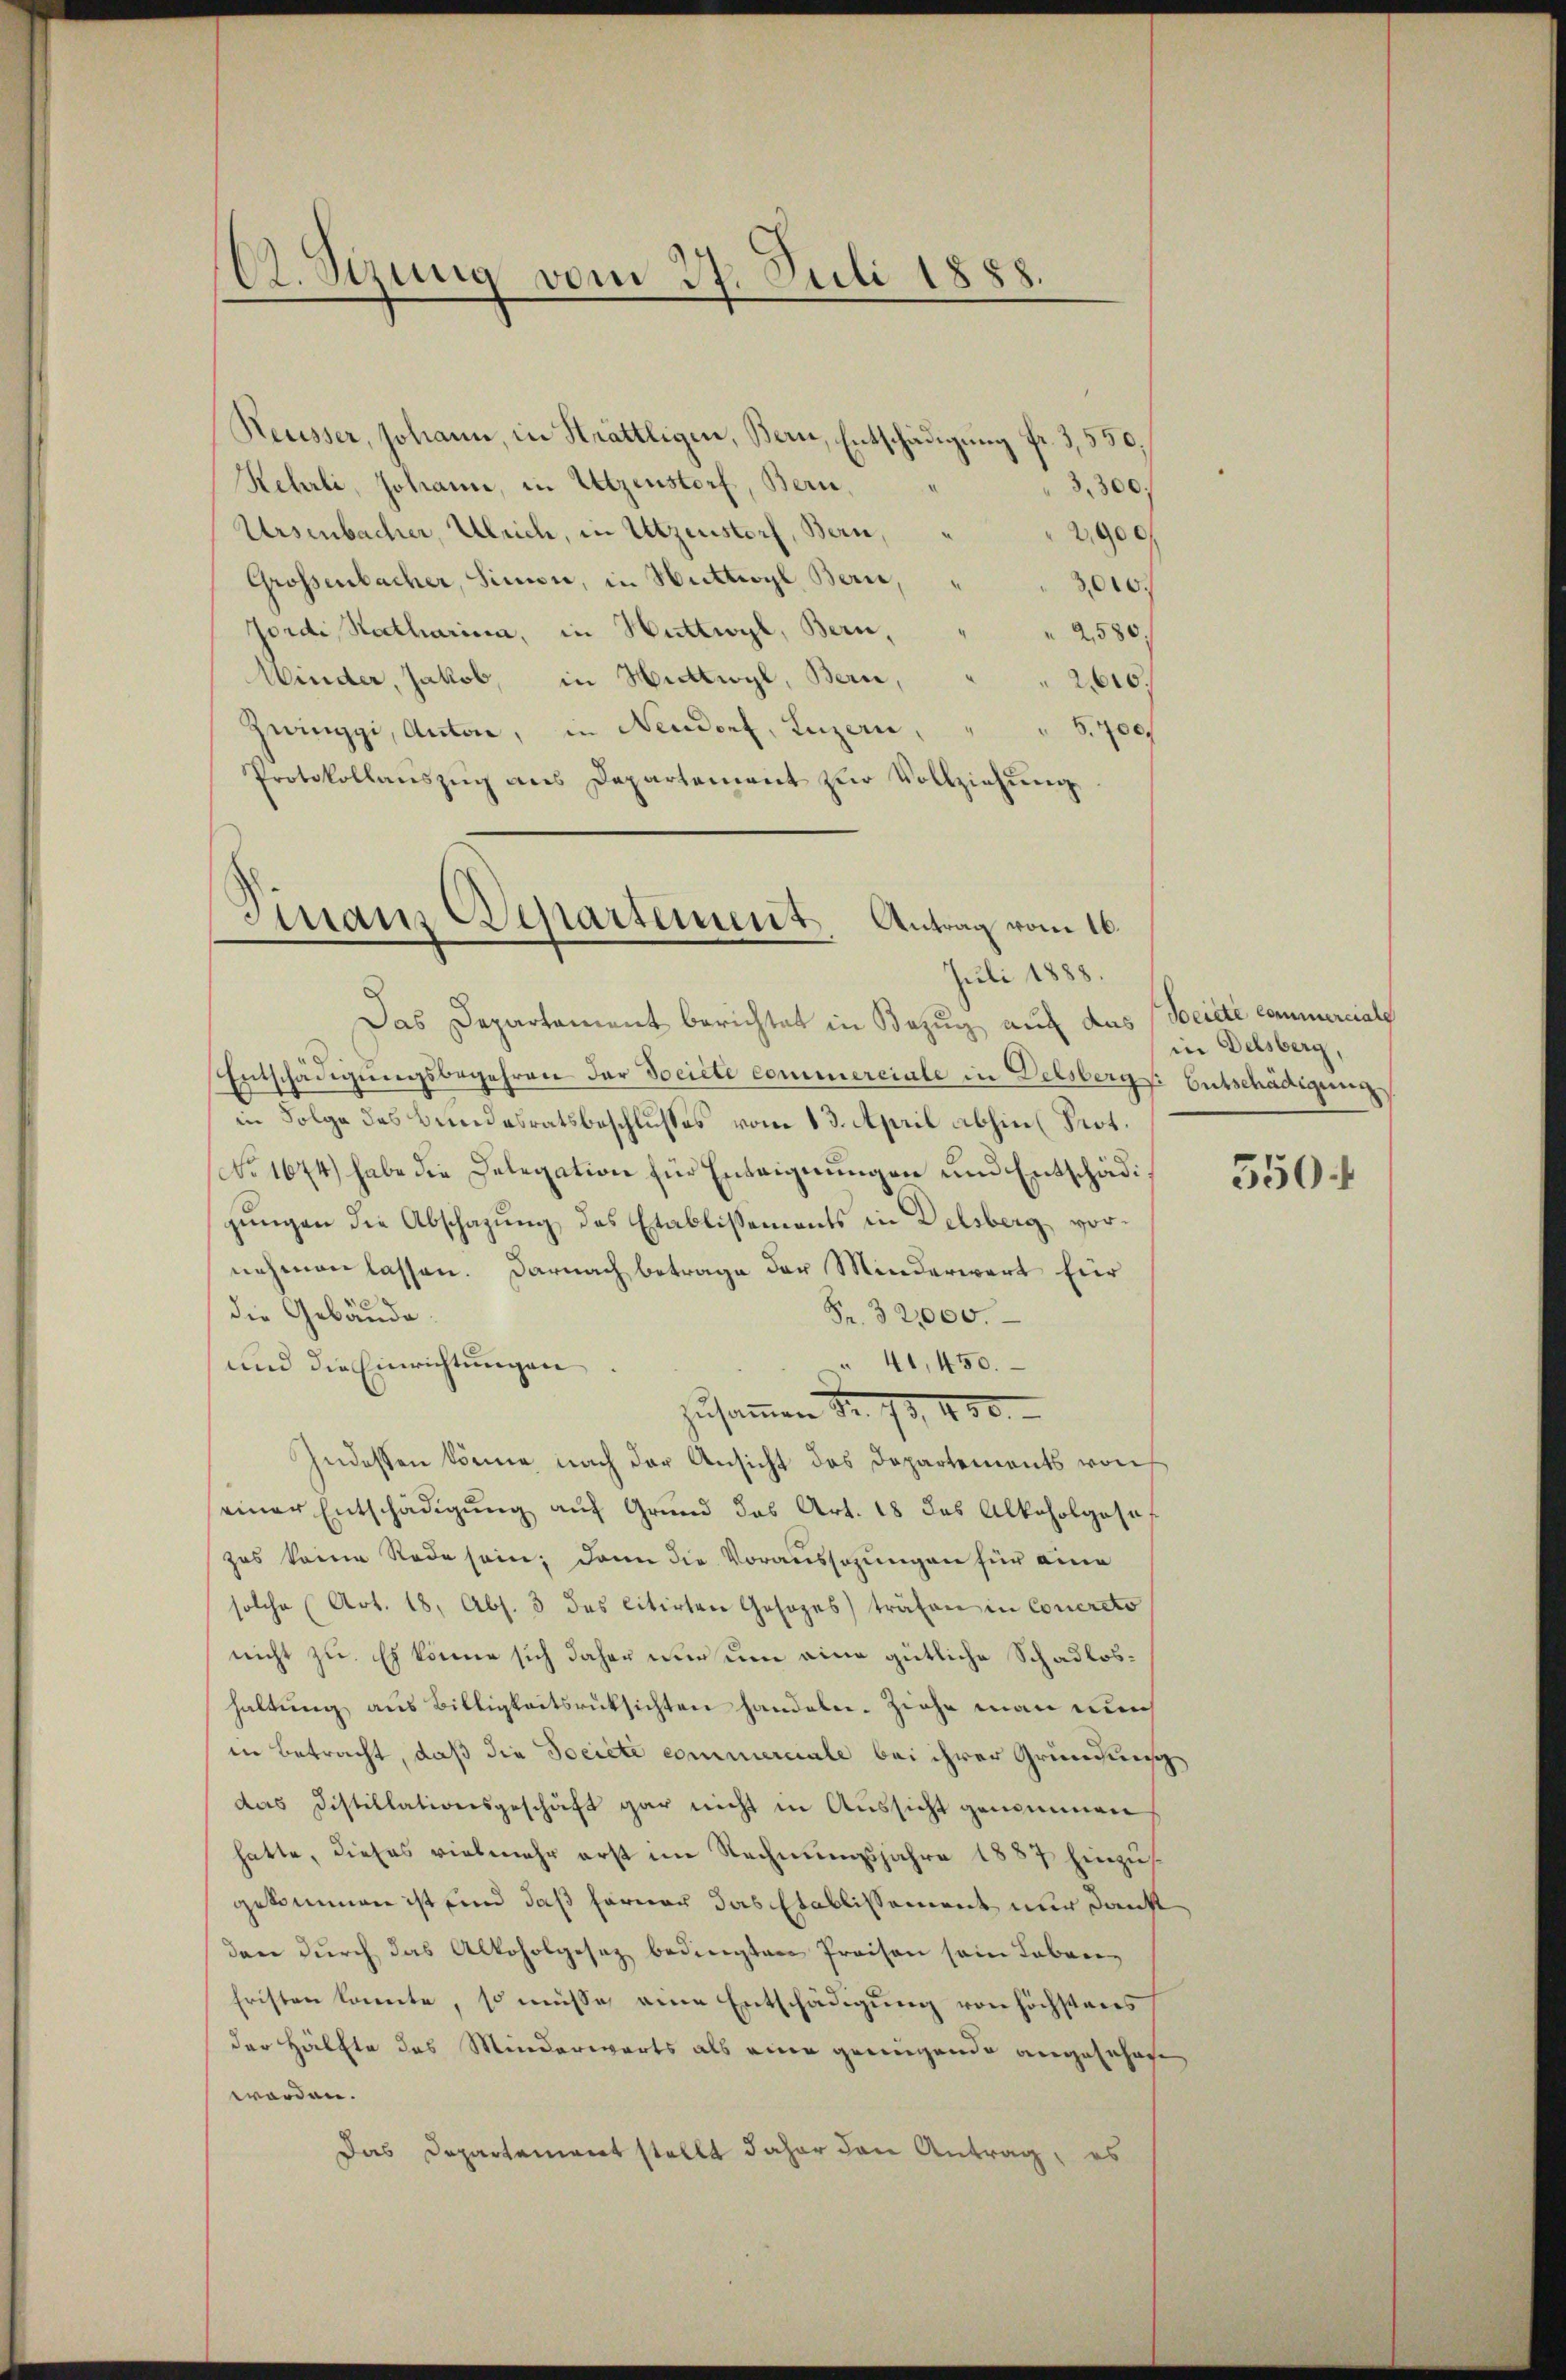
A. Sizung vom 27. Juli 1888.

Reusser, Johann, in Strättligen, Bern, Entschädigung fr. 3,550.
Kehrli, Johann, in Utzenstorf, Bern,
Ursenbacher, Ulrich, in Utzenstorf, Bern,
Grossenbacher, Simon, in Huttwyl, Bern,
Jordi, Ratharina, in Huttwyl, Bern,
2580.
Winder, Jakob, in Huttwyl, Bern, " " 210.
5700.
Zwinggi, Anton, in Neudorf, Luzern,
Protokollaŭszŭg ans Departement zŭr Vollziehung

Finanz Departement. Antrag vom 16.
Juli 1888.

Das Departement berichtet in Bezug auf das (Beicté commerciale
Entschädigŭngsbegehren der Société commerciale in Delsbergs. Entschädigung
in Folge des Bundesratsbeschlusses vom 13. April abhin (Prot.
No 1674) habe die Delegation für Enteignungen und Entschädigungen die Abschafung des Etablissements in Delsberg, vornehmen lassen. Darnach betrage der Minderwart für
die Gebäude.
Fr. 32000.
41,450.
und die Einrichtŭngen.
Indessen könne, nach der Ansicht des Departements von
einer Entschädigung auf Grund das Art. 18 das Alkoholgese
zus keine Rede sein; dann die Voraussagungen für eine
solche (Art. 18. Abs. 3 das citirten Gesetzes) träfen in Concreto
nicht zu. Es könne sich daher nur um eine gütliche Schadloshaltung aus Billigkeitsrüksichten handeln. Ziehe man auch
in betracht, daß die Societe commerciale bei ihrer Gründung
das Distillationsgeschäft gar nicht in Aussicht genommen
hatte, dieses vielmehr erst im Rechnungsjahre 1887 Einzusgekommen ist und daß ferner das Etablissement nur dank
dann durch das Alkoholgesez bedingten Preisen sein Leben,
fristen konnte, so müsse eine Entschädigung von höchstens
der Hälfte des Minderwärts als eine genügende angesehene
worden.
Das Departement stellt daher den Antrag, es

zusammen dr. 73. 450.

3,300.
2900
3,010.

in Delsberg,

5504